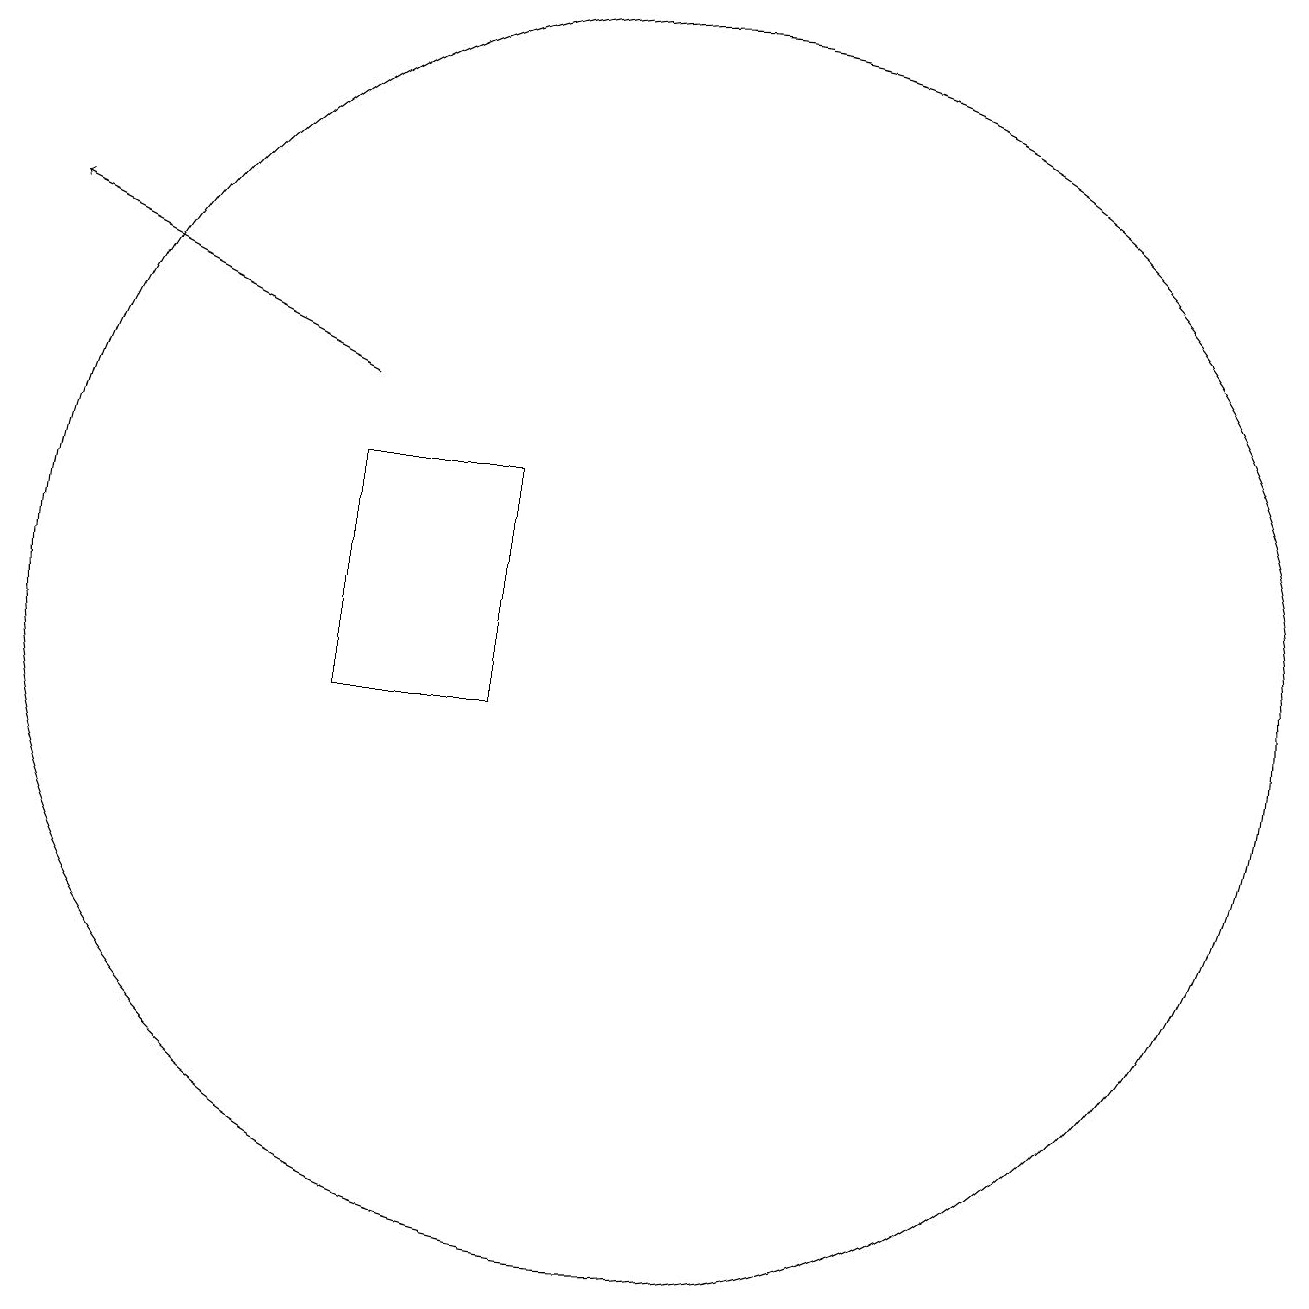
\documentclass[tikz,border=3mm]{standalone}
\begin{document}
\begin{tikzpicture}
\draw (8,11) rectangle (6,14);
\draw[->] (6,15) -- (2,17);
\draw (10,12) circle (8);
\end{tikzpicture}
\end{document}